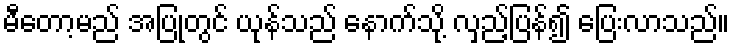
မီတော့မည် အပြုတွင် ယုန်သည် နောက်သို့ လှည့်ပြန်၍ ပြေးလာသည်။